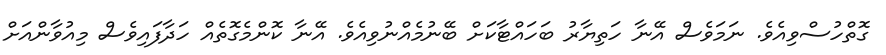
ގޮތްހުސްވިއެވެ. ނަމަވެސް އޭނާ ހަތިޔާރު ބަހައްޓާކަށް ބޭނުމެއްނުވިއެވެ. އޭނާ ކޮންމެގޮތެއް ހަދާފައިވެސް މިއުވާންއަށް